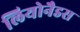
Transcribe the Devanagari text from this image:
लियोनैडस